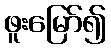
ဖူးမြော်၍